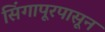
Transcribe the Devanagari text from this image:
सिंगापूरपासून